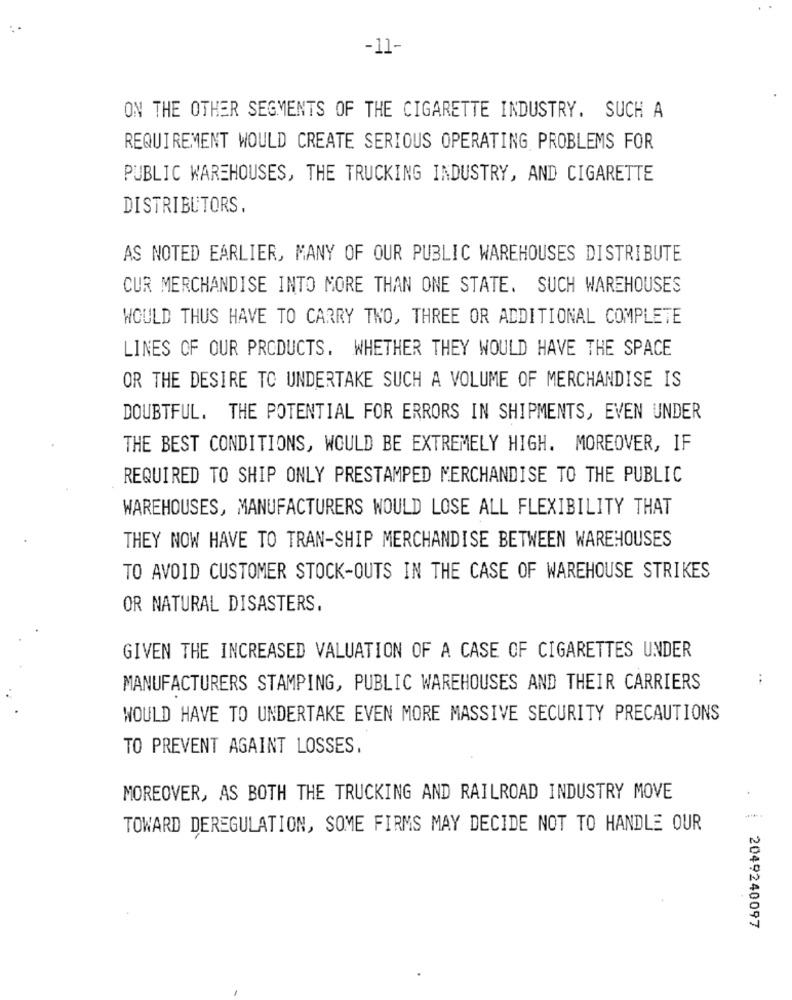
-11-
ON THE OTHER SEGMENTS OF THE CIGARETTE INDUSTRY. SUCH A
REQUIREMENT WOULD CREATE SERIOUS OPERATING PROBLEMS FOR
PUBLIC WAREHOUSES, THE TRUCKING INDUSTRY, AND CIGARETTE
DISTRIBUTORS.
AS NOTED EARLIER, MANY OF OUR PUBLIC WAREHOUSES DISTRIBUTE
CUR MERCHANDISE INTO MORE THAN ONE STATE. SUCH WAREHOUSES
WOULD THUS HAVE TO CARRY TWO, THREE OR ADDITIONAL COMPLETE
LINES OF OUR PRODUCTS. WHETHER THEY WOULD HAVE THE SPACE
OR THE DESIRE TO UNDERTAKE SUCH A VOLUME OF MERCHANDISE IS
DOUBTFUL. THE POTENTIAL FOR ERRORS IN SHIPMENTS, EVEN UNDER
THE BEST CONDITIONS, WOULD BE EXTREMELY HIGH. MOREOVER, IF
REQUIRED TO SHIP ONLY PRESTAMPED MERCHANDISE TO THE PUBLIC
WAREHOUSES, MANUFACTURERS WOULD LOSE ALL FLEXIBILITY THAT
THEY NOW HAVE TO TRAN-SHIP MERCHANDISE BETWEEN WAREHOUSES
TO AVOID CUSTOMER STOCK-OUTS IN THE CASE OF WAREHOUSE STRIKES
OR NATURAL DISASTERS.
GIVEN THE INCREASED VALUATION OF A CASE OF CIGARETTES UNDER
MANUFACTURERS STAMPING, PUBLIC WAREHOUSES AND THEIR CARRIERS
WOULD HAVE TO UNDERTAKE EVEN MORE MASSIVE SECURITY PRECAUTIONS
TO PREVENT AGAINT LOSSES,
MOREOVER, AS BOTH THE TRUCKING AND RAILROAD INDUSTRY MOVE
TOWARD DEREGULATION, SOME FIRMS MAY DECIDE NOT TO HANDLE OUR
: 2049240097